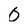
Character: 0